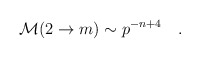
\begin{align*}{\cal M}(2\rightarrow m)\sim p^{-n+4}\quad.\end{align*}